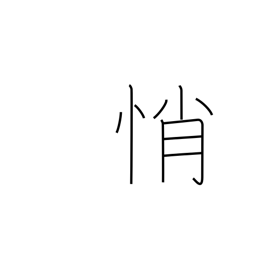
Meaning: anxiety